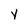
Character: Y